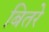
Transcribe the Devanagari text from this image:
बितरे